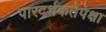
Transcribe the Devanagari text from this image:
पारदर्शकतेपेक्षा